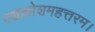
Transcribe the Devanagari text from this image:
पञ्चक्रोशमहत्तरम।